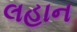
લહાન